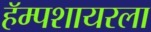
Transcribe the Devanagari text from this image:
हॅम्पशायरला